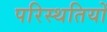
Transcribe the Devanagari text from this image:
परिस्‍थतियों